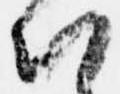
知